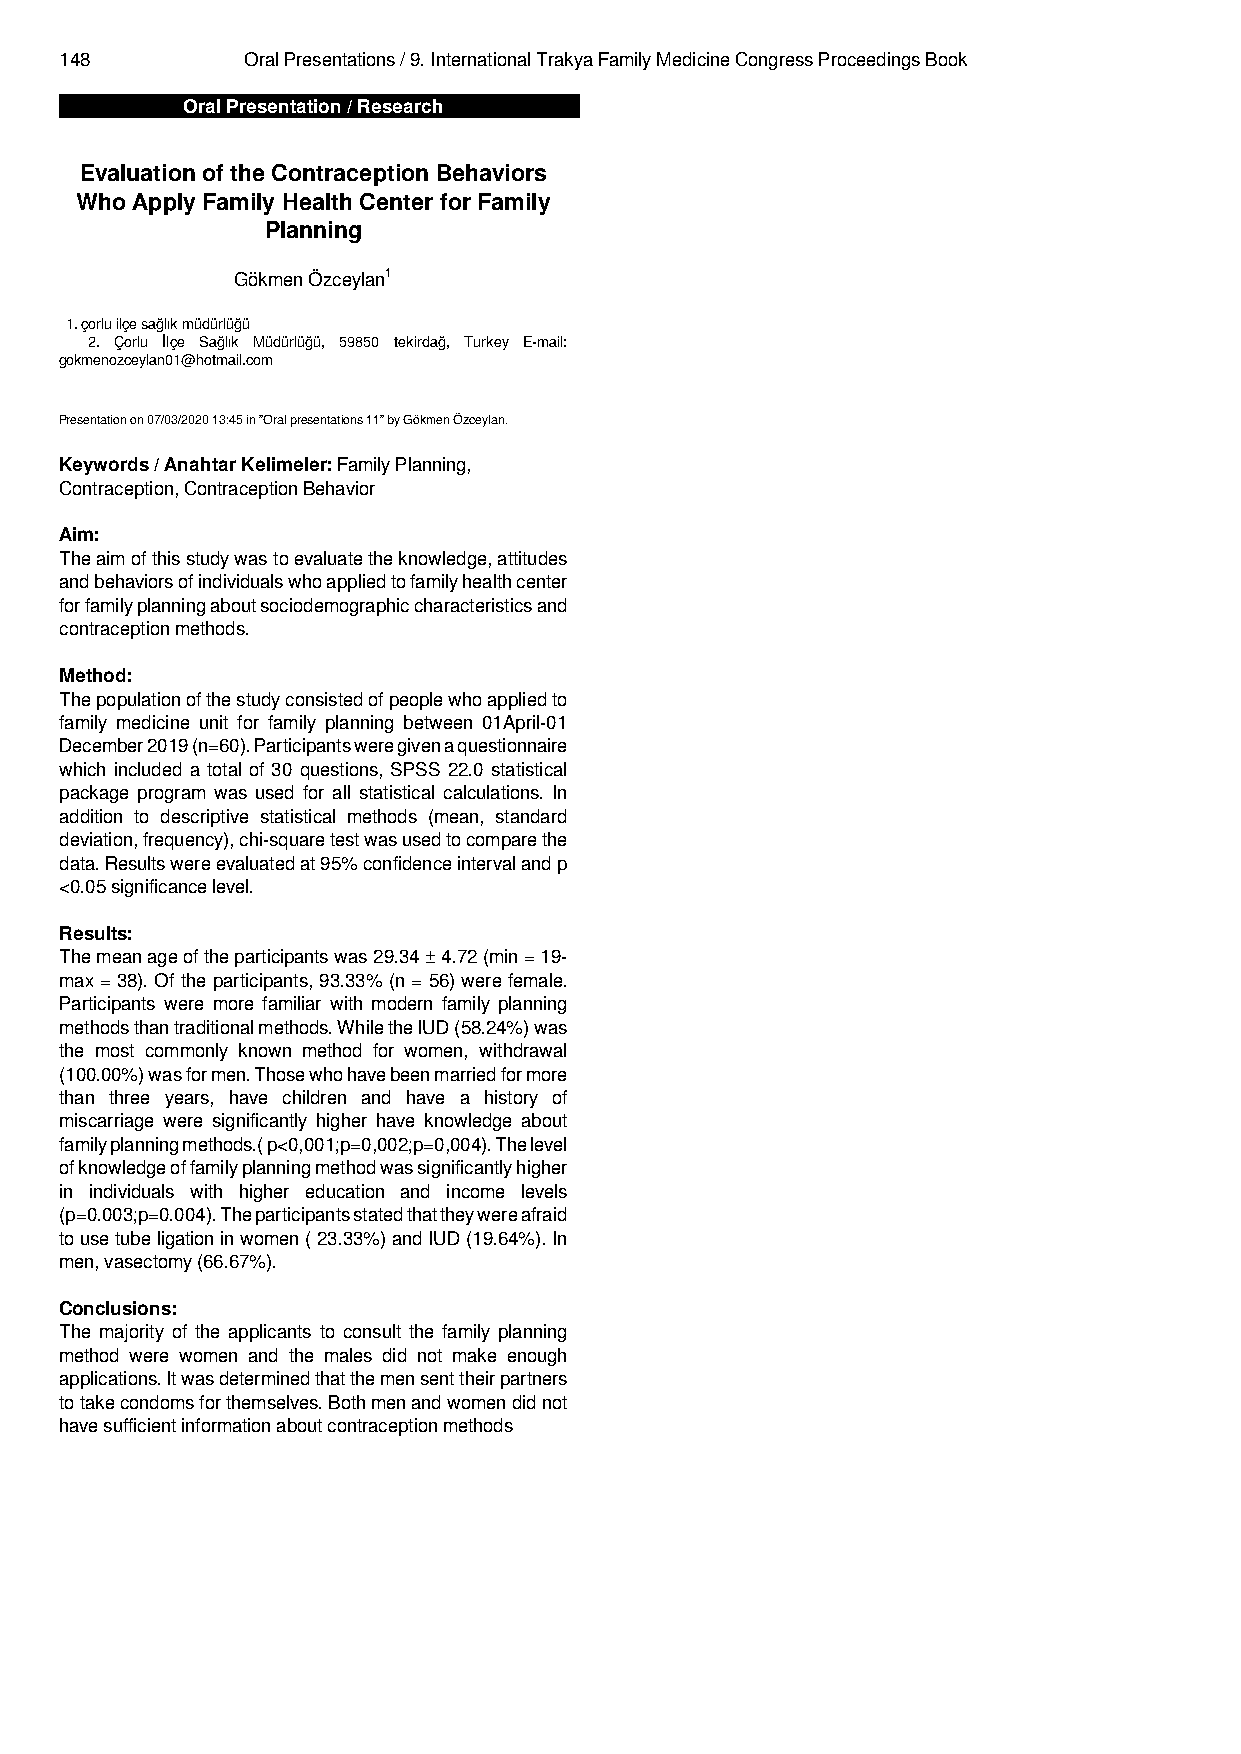
148         Oral Presentations / 9. International Trakya Family Medicine Congress Proceedings Book
 Oral Presentation / Research
 Evaluation of the Contraception Behaviors
 Who Apply Family Health Center for Family
 Planning
 Gökmen Özceylan1
 1. çorlu ilçe sağlık müdürlüğü
 2. Çorlu İlçe Sağlık Müdürlüğü, 59850 tekirdağ, Turkey E-mail:
 gokmenozceylan01@hotmail.com
 Presentation on 07/03/2020 13:45 in "Oral presentations 11" by Gökmen Özceylan.
 Keywords / Anahtar Kelimeler: Family Planning,
 Contraception, Contraception Behavior
 Aim:
 Theaimofthisstudywastoevaluatetheknowledge,attitudes
 andbehaviorsofindividualswhoappliedtofamilyhealthcenter
 forfamilyplanningaboutsociodemographiccharacteristicsand
 contraception methods.
 Method:
 Thepopulationofthestudyconsistedofpeoplewhoappliedto
 family medicine unit for family planning between 01April-01
 December2019(n=60).Participantsweregivenaquestionnaire
 which included a total of 30 questions, SPSS 22.0 statistical
 package program was used for all statistical calculations. In
 addition to descriptive statistical methods (mean, standard
 deviation,frequency),chi-squaretestwasusedtocomparethe
 data.Resultswereevaluatedat95%confidenceintervalandp
 <0.05 significance level.
 Results:
 Themeanageoftheparticipantswas29.34±4.72(min=19-
 max=38).Oftheparticipants,93.33%(n=56)werefemale.
 Participants were more familiar with modern family planning
 methodsthantraditionalmethods.WhiletheIUD(58.24%)was
 the most commonly known method for women, withdrawal
 (100.00%)wasformen.Thosewhohavebeenmarriedformore
 than three years, have children and have a history of
 miscarriage were significantly higher have knowledge about
 familyplanningmethods.(p<0,001;p=0,002;p=0,004).Thelevel
 ofknowledgeoffamilyplanningmethodwassignificantlyhigher
 in individuals with higher education and income levels
 (p=0.003;p=0.004).Theparticipantsstatedthattheywereafraid
 tousetubeligationinwomen(23.33%)andIUD(19.64%).In
 men, vasectomy (66.67%).
 Conclusions:
 The majority of the applicants to consult the family planning
 method were women and the males did not make enough
 applications.Itwasdeterminedthatthemensenttheirpartners
 totakecondomsforthemselves.Bothmenandwomendidnot
 have sufficient information about contraception methods